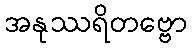
အနုဿရိတဗ္ဗော